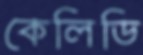
কেলিডি